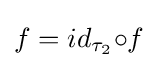
f=id_{\tau _{2}}{\circ }f